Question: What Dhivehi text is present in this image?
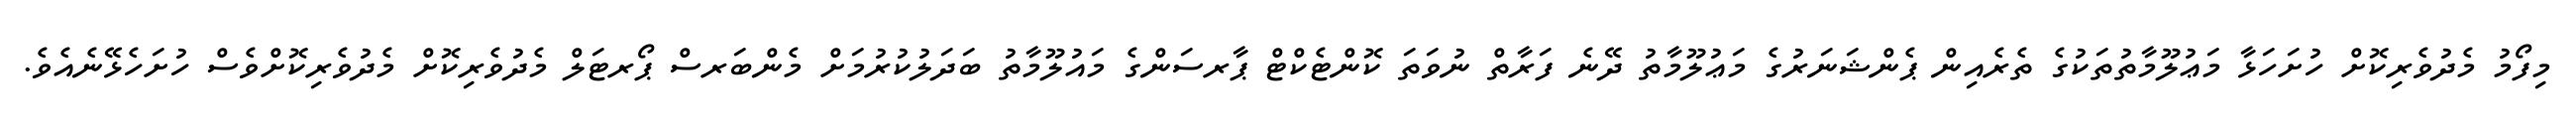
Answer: މިފޯމު މެދުވެރިކޮށް ހުށަހަޅާ މަޢުލޫމާތުތަކުގެ ތެރެއިން ޕެންޝަނަރުގެ މަޢުލޫމާތު ދޭނެ ފަރާތް ނުވަތަ ކޮންޓެކްޓް ޕާރސަންގެ މައުލޫމާތު ބަދަލުކުރުމަށް މެންބަރސް ޕޯރޓަލް މެދުވެރިކޮށް މެދުވެރިކޮށްވެސް ހުށަހެޅޭނެއެވެ.